Vaccination in the Punjab 1883-1896 - 1883-1896
Year: 1883
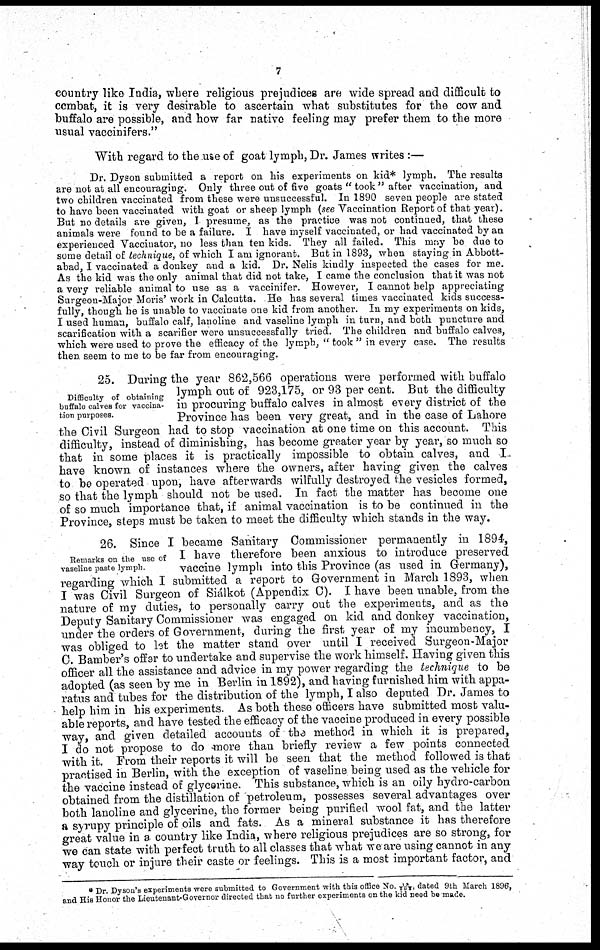
7
country like India, where religious prejudices are wide spread and difficult to
combat, it is very desirable to ascertain what substitutes for the cow and
buffalo are possible, and how far native feeling may prefer them to the more
usual vaccinifers."
With regard to the use of goat lymph, Dr. James writes :—
Dr. Dyson submitted a report on his experiments on kid* lymph. The results
are not at all encouraging. Only three out of five goats " took " after vaccination, and
two children vaccinated from these were unsuccessful. In 1890 seven people are stated
to have been vaccinated with goat or sheep lymph (see Vaccination Report of that year).
But no details are given, I presume, as the practice was not continued, that these
animals were found to be a failure. I have myself vaccinated, or had vaccinated by an
experienced Vaccinator, no less than ten kids. They all failed. This may be due to
some detail of technique, of which I am ignorant. But in 1893, when staying in Abbott-
abad, I vaccinated a donkey and a kid. Dr. Nelis kindly inspected the cases for me.
As the kid was the only animal that did not take, I came the conclusion that it was not
a very reliable animal to use as a vaccinifer. However, I cannot help appreciating
Surgeon-Major Moris' work in Calcutta. He has several times vaccinated kids success-
fully, though he is unable to vaccinate one kid from another. In my experiments on kids,
I used human, buffalo calf, lanoline and vaseline lymph in turn, and both puncture and
scarification with a scarifier were unsuccessfully tried. The children and buffalo calves,
which were used to prove the efficacy of the lymph, " took " in every case. The results
then seem to me to be far from encouraging.
Difficulty of obtaining
buffalo calves for vaccina-
tion purposes.
25. During the year 862,566 operations were performed with buffalo
lymph out of 923,175, or 93 per cent. But the difficulty
in procuring buffalo calves in almost every district of the
Province has been very great, and in the case of Lahore
the Civil Surgeon had to stop vaccination at one time on this account. This
difficulty, instead of diminishing, has become greater year by year, so much so
that in some places it is practically impossible to obtain calves, and -I.
have known of instances where the owners, after having given the calves
to be operated upon, have afterwards wilfully destroyed the vesicles formed,
so that the lymph should not be used. In fact the matter has become one
of so much importance that, if animal vaccination is to be continued in the
Province, steps must be taken to meet the difficulty which stands in the way.
Remarks on the use of
vaseline paste lymph.
26. Since I became Sanitary Commissioner permanently in 1894,
I have therefore been anxious to introduce preserved
vaccine lymph into this Province (as used in Germany),
regarding which I submitted a report to Government in March 1893, when
I was Civil Surgeon of Siálkot (Appendix C). I have been unable, from the
nature of my duties, to personally carry out the experiments, and as the
Deputy Sanitary Commissioner was engaged on kid and donkey vaccination,
under the orders of Government, during the first year of my incumbency, I
was obliged to let the matter stand over until I received Surgeon-Major
C. Bamber's offer to undertake and supervise the work himself. Having given this
officer all the assistance and advice in my power regarding the technique to be
adopted (as seen by me in Berlin in 1892), and having furnished him with appa-
ratus and tubes for the distribution of the lymph, I also deputed Dr. James to
help him in his experiments. As both these officers have submitted most valu-
able reports, and have tested the efficacy of the vaccine produced in every possible
way, and given detailed accounts of the method in which it is prepared,
I do not propose to do more than briefly review a few points connected
with it. From their reports it will be seen that the method followed is that
practised in Berlin, with the exception of vaseline being used as the vehicle for
the vaccine instead of glycerine. This substance, which is an oily hydro-carbon
obtained from the distillation of petroleum, possesses several advantages over
both lanoline and glycerine, the former being purified wool fat, and the latter
a syrupy principle of oils and fats. As a mineral substance it has therefore
great value in a country like India, where religious prejudices are so strong, for
we can state with perfect truth to all classes that what we are using cannot in any
way touch, or injure their caste or feelings. This is a most important factor, and
* Dr. Dyson's experiments were submitted to Government with this office No. 18/ 693. dated 9th March 1896,
and His Honor the Lieutenant-Governor directed that no further experiments on the kid need be made.